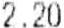
2.20